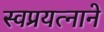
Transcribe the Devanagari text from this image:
स्वप्रयत्नाने